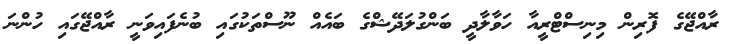
ރާއްޖޭގެ ފޮރިން މިނިސްޓްރީއާ ހަވާލާދީ ބަންގުލަދޭޝްގެ ބައެއް ނޫސްތަކުގައި ބުނެފައިވަނީ ރާއްޖޭގައި ހުންނަ